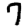
Digit: 7